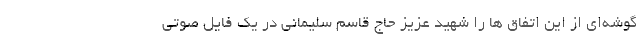
گوشه‌ای از این اتفاق ها را شهید عزیز حاج قاسم سلیمانی در یک فایل صوتی